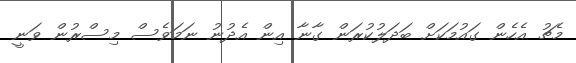
މެޗު އެހެން ގައުމަކަށް ބަދަލުކުރަން ގާނާ އިން އެދުނު ނަމަވެސް މިސްރުން ވަނީ